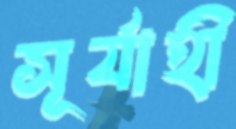
সূর্যাহী